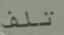
تلف